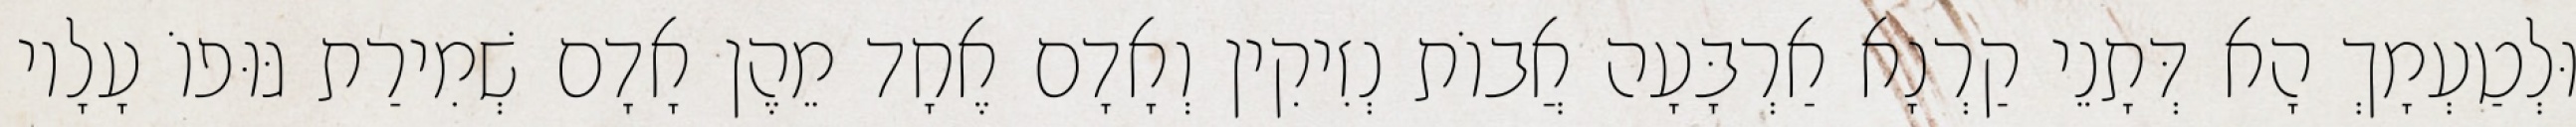
וּלְטַעְמָךְ הָא דְּתָנֵי קַרְנָא אַרְבָּעָה אֲבוֹת נְזִיקִין וְאָדָם אֶחָד מֵהֶן אָדָם שְׁמִירַת גּוּפוֹ עָלָיו